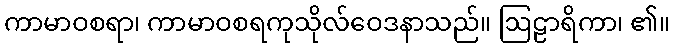
ကာမာဝစရာ၊ ကာမာဝစရကုသိုလ်ဝေဒနာသည်။ ဩဠာရိကာ၊ ၏။